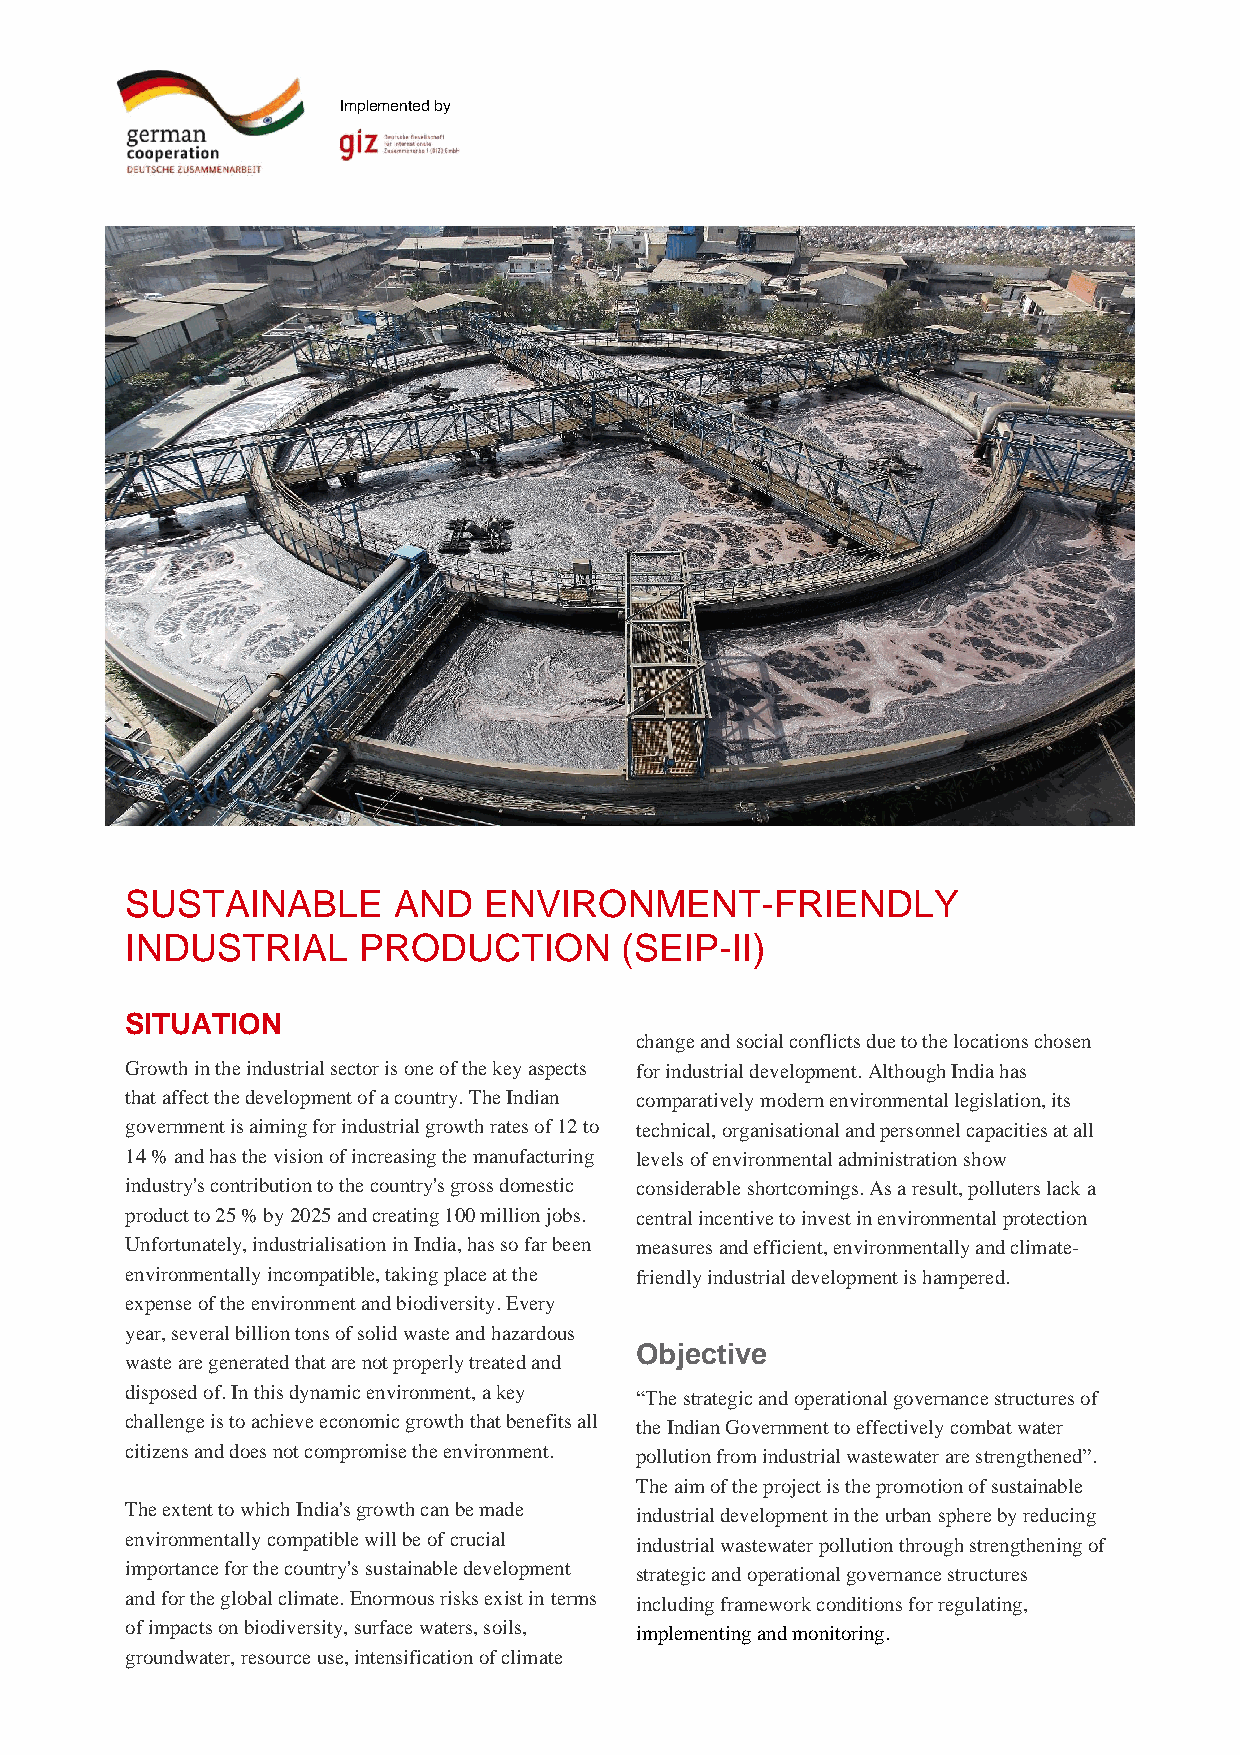
Implemented by
 SUSTAINABLE       AND   ENVIRONMENT-FRIENDLY
 INDUSTRIAL      PRODUCTION       (SEIP-II)
 SITUATION
 change and social conflicts due to the locations chosen
 Growth in the industrial sector is one of the key aspects for industrial development. Although India has
 that affect the development of a country. The Indian comparatively modern environmental legislation, its
 government is aiming for industrial growth rates of 12 to technical, organisational and personnel capacities at all
 14 % and has the vision of increasing the manufacturing levels of environmental administration show
 industry's contribution to the country's gross domestic considerable shortcomings. As a result, polluters lack a
 product to 25 % by 2025 and creating 100 million jobs. central incentive to invest in environmental protection
 Unfortunately, industrialisation in India, has so far been measures and efficient, environmentally and climate-
 environmentally incompatible, taking place at the friendly industrial development is hampered.
 expense of the environment and biodiversity. Every
 year, several billion tons of solid waste and hazardous
 Objective
 waste are generated that are not properly treated and
 disposed of. In this dynamic environment, a key “The strategic and operational governance structures of
 challenge is to achieve economic growth that benefits all the Indian Government to effectively combat water
 citizens and does not compromise the environment. pollution from industrial wastewater are strengthened”.
 The aim of the project is the promotion of sustainable
 The extent to which India's growth can be made industrial development in the urban sphere by reducing
 environmentally compatible will be of crucial industrial wastewater pollution through strengthening of
 importance for the country's sustainable development strategic and operational governance structures
 and for the global climate. Enormous risks exist in terms including framework conditions for regulating,
 of impacts on biodiversity, surface waters, soils, implementing and monitoring.
 groundwater, resource use, intensification of climate